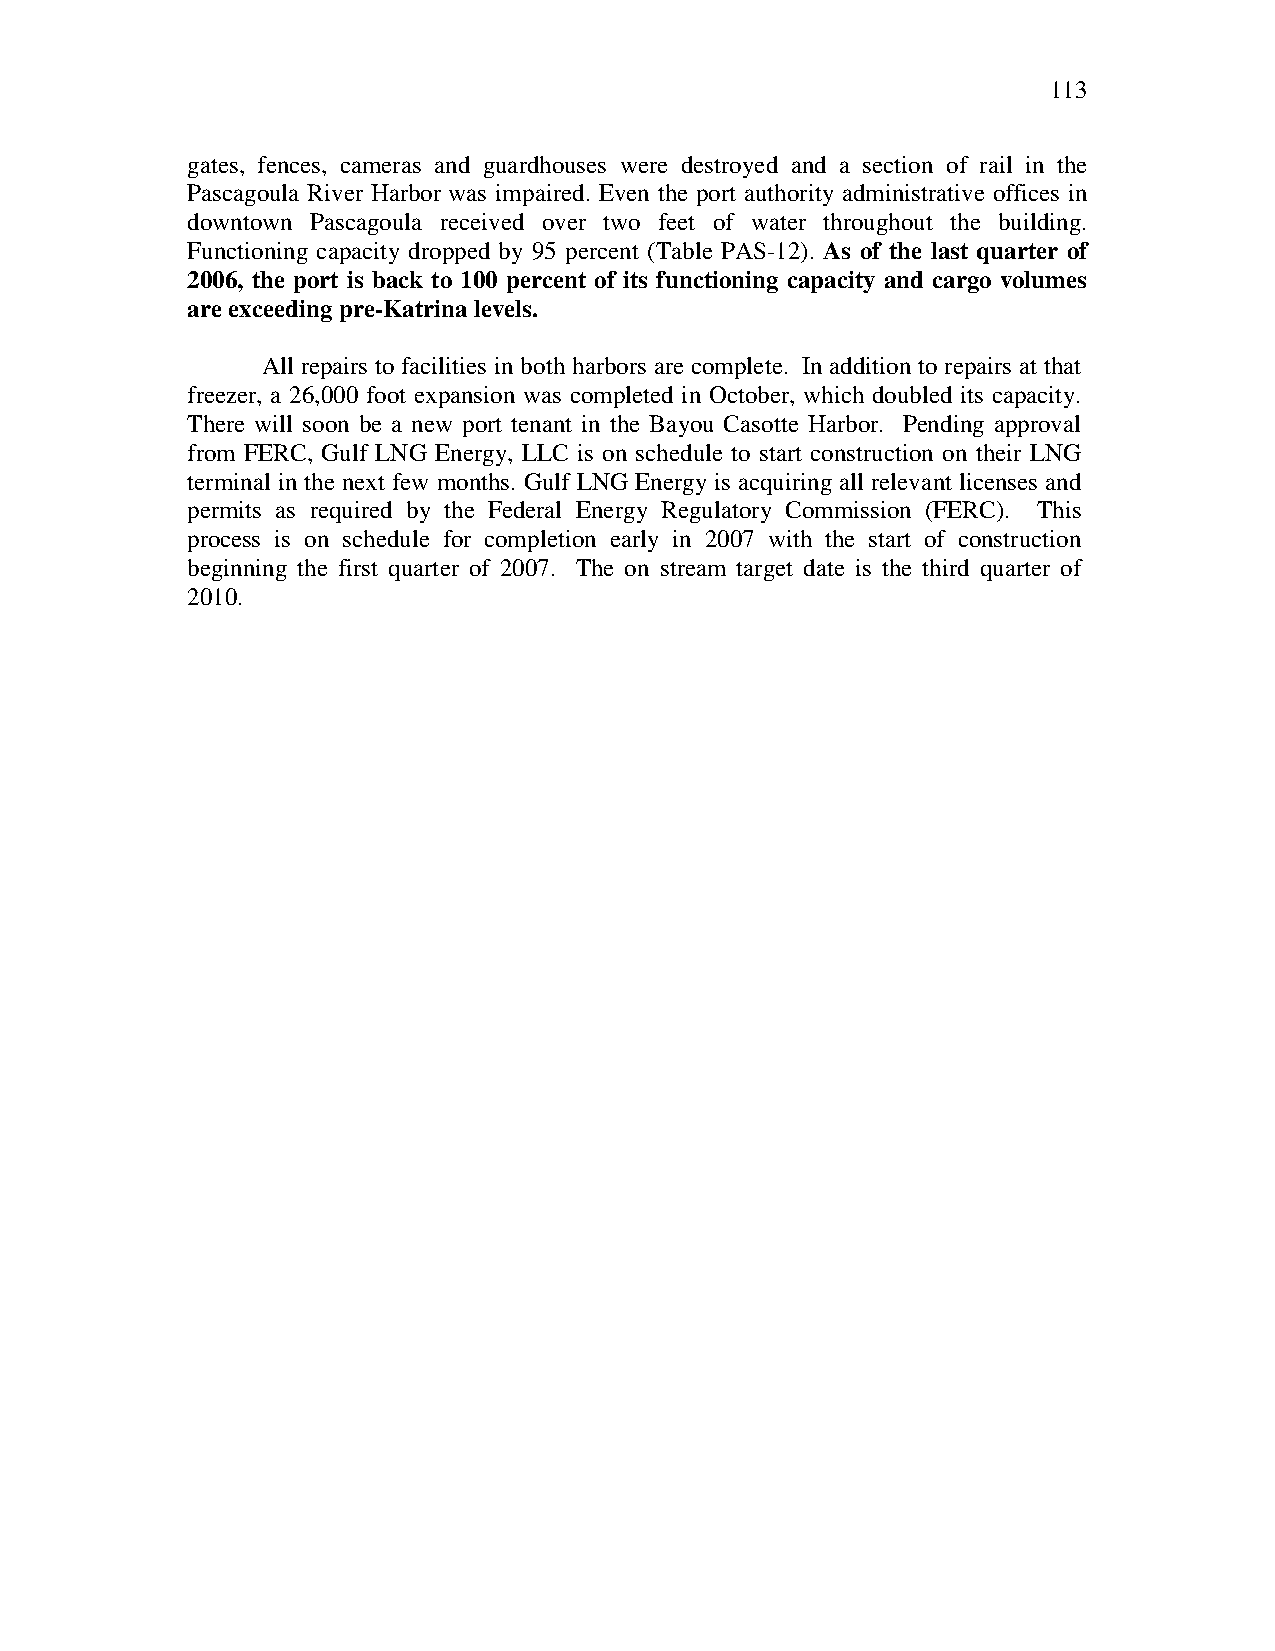
113
 gates, fences, cameras and guardhouses were destroyed and a section of rail in the
 Pascagoula River Harbor was impaired. Even the port authority administrative offices in
 downtown Pascagoula received over two feet of water throughout the building.
 Functioning capacity dropped by 95 percent (Table PAS-12). As of the last quarter of
 2006, the port is back to 100 percent of its functioning capacity and cargo volumes
 are exceeding pre-Katrina levels.
 All repairs to facilities in both harbors are complete. In addition to repairs at that
 freezer, a 26,000 foot expansion was completed in October, which doubled its capacity.
 There will soon be a new port tenant in the Bayou Casotte Harbor. Pending approval
 from FERC, Gulf LNG Energy, LLC is on schedule to start construction on their LNG
 terminal in the next few months. Gulf LNG Energy is acquiring all relevant licenses and
 permits as required by the Federal Energy Regulatory Commission (FERC). This
 process is on schedule for completion early in 2007 with the start of construction
 beginning the first quarter of 2007. The on stream target date is the third quarter of
 2010.